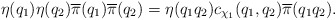
\begin{align*} \eta(q_1) \eta(q_2) \overline{\pi}(q_1) \overline{\pi}(q_2) = \eta(q_1 q_2) c_{\chi_1}(q_1, q_2) \overline{\pi}(q_1 q_2).\end{align*}